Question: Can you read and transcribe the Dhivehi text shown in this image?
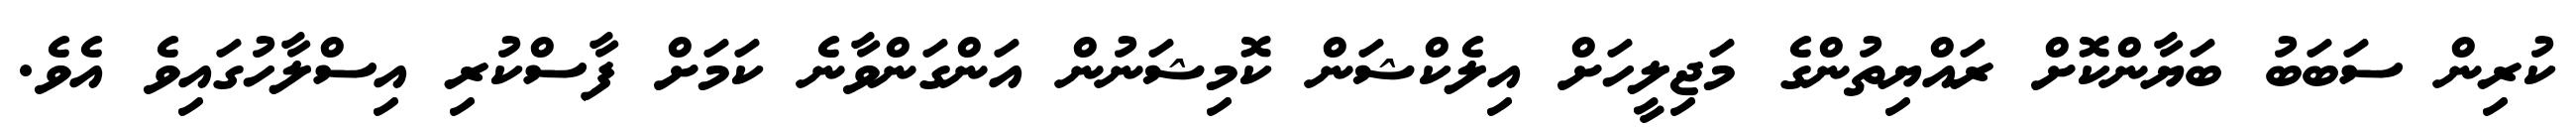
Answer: ކުރިން ސަބަބު ބަޔާންކޮށް ރައްޔިތުންގެ މަޖިލީހަށް އިލެކްޝަން ކޮމިޝަނުން އަންގަންވާނެ ކަމަށް ފާސްކުރި އިސްލާހުގައިވެ އެވެ.